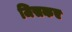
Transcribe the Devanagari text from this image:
जिसकए